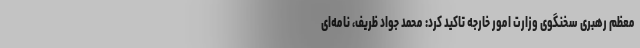
معظم رهبری سخنگوی وزارت امور خارجه تاکید کرد: محمد جواد ظریف، نامه‌ای